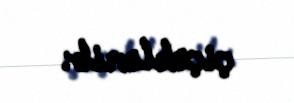
çiçəklənib.